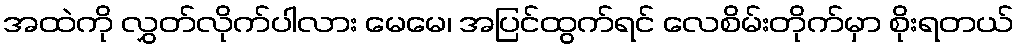
အထဲကို လွှတ်လိုက်ပါလား မေမေ၊ အပြင်ထွက်ရင် လေစိမ်းတိုက်မှာ စိုးရတယ်